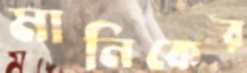
মানিকের